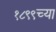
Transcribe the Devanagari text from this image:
१८९९च्या